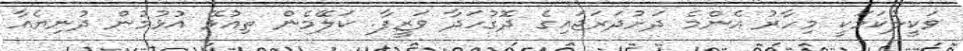
ވަކީލުކަމަކީ މިހާރު އެންމެ ދަށުދަރަޖައިގެ ދޮގުހަދާ ވަޒީފާ. ކަލޭމެން ތިއުޅޭ އުޅުމުން ދުނިޔެއާ